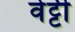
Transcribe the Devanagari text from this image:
वेट्टी